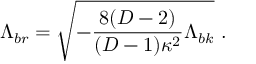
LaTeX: \Lambda _ { b r } = \sqrt { - \frac { 8 ( D - 2 ) } { ( D - 1 ) \kappa ^ { 2 } } \Lambda _ { b k } } \ .